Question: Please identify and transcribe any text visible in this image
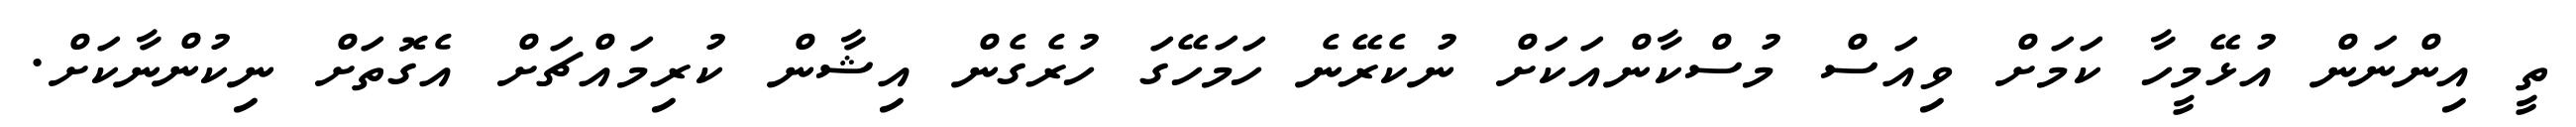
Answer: ތީ އިންނަން އުޅޭމީހާ ކަމަށް ވިއަސް މުސްކާންއަކަށް ނުކެރޭނެ ހަމަހޭގަ ހުރެގެން އިޝާން ކުރިމައްޗަށް އެގޮތަށް ނިކުންނާކަށް.